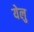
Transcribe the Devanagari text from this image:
येलु